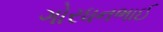
ગોરધનભાઈ